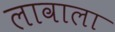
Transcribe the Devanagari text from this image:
लावाला